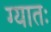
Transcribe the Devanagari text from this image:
ग्यातः